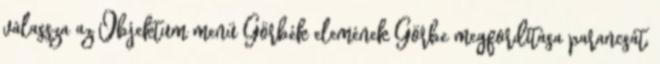
válassza az Objektum menü Görbék elemének Görbe megfordítása parancsát,